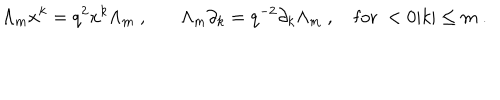
\Lambda _ { m } x ^ { k } = q ^ { 2 } x ^ { k } \Lambda _ { m } ~ , ~ \Lambda _ { m } \partial _ { k } = q ^ { - 2 } \partial _ { k } \Lambda _ { m } ~ , ~ \mathrm { f o r } ~ < 0 \vert k \vert \leq m ~ .